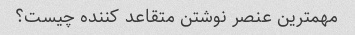
مهمترین عنصر نوشتن متقاعد کننده چیست؟